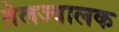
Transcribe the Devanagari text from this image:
तेलज्वालक